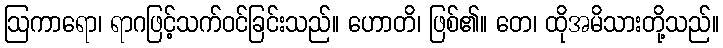
ဩကာရော၊ ရာဂဖြင့်သက်ဝင်ခြင်းသည်။ ဟောတိ၊ ဖြစ်၏။ တေ၊ ထိုအမိသားတို့သည်။